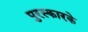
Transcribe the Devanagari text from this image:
पुरस्कारके